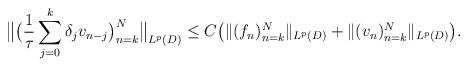
LaTeX: \begin{align*}\big\|\big(\frac1\tau \sum_{j=0}^k \delta_j v_{n-j}\big)_{n=k}^N\big\|_{L^p(D)}\le C\big (\|(f_n)_{n=k}^N\|_{L^p(D)}+ \|(v_n)_{n=k}^N\|_{L^p(D)}\big ) .\end{align*}